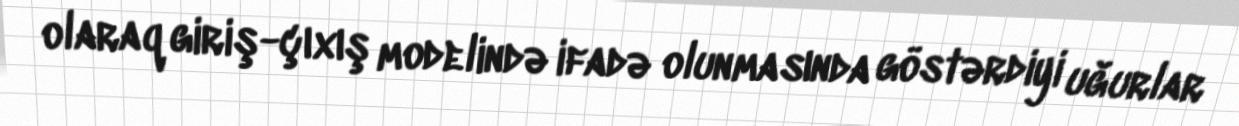
olaraq giriş-çıxış modelində ifadə olunmasında göstərdiyi uğurlar